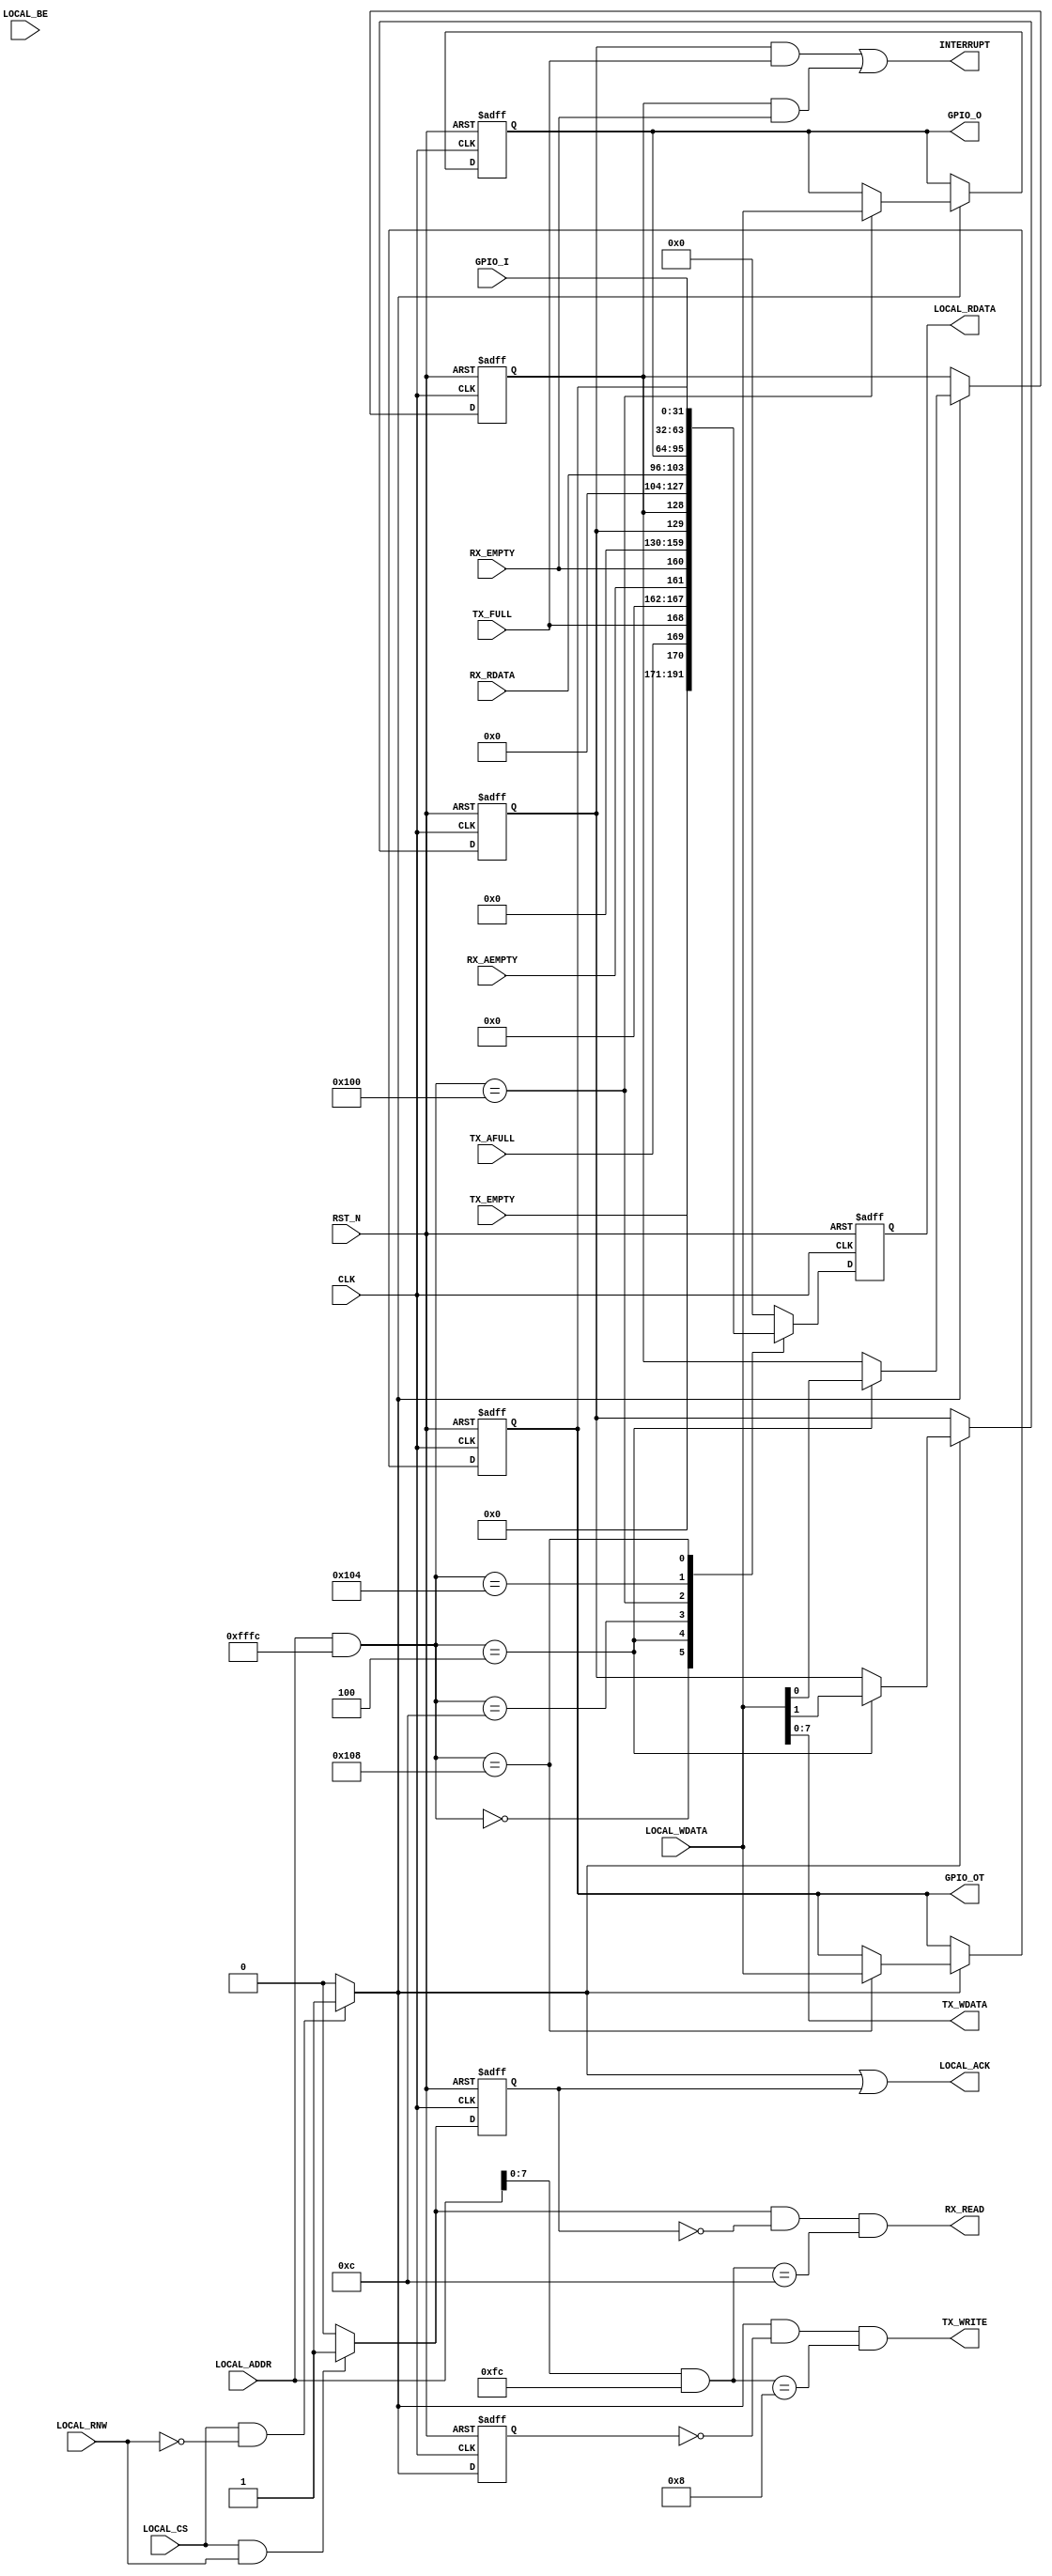
module fmrv32im_axis_uart_ctl
  (
   input 		 RST_N,
   input 		 CLK,
   input 		     LOCAL_CS,
   input 		     LOCAL_RNW,
   output 		   LOCAL_ACK,
   input [15:0]  LOCAL_ADDR,
   input [3:0] 	 LOCAL_BE,
   input [31:0]  LOCAL_WDATA,
   output [31:0] LOCAL_RDATA,
   output        TX_WRITE,
   output [7:0]  TX_WDATA,
   input         TX_FULL,
   input         TX_AFULL,
   input         TX_EMPTY,
   output        RX_READ,
   input [7:0]   RX_RDATA,
   input         RX_EMPTY,
   input         RX_AEMPTY,
	 output        INTERRUPT,
   input [31:0]  GPIO_I,
   output [31:0] GPIO_O,
   output [31:0] GPIO_OT
   );
   localparam A_STATUS = 16'h00;
   localparam A_INTENA = 16'h04;
   localparam A_TXD    = 16'h08;
   localparam A_RXD    = 16'h0C;
   localparam A_RATE   = 16'h10;
   localparam A_GPIO_O  = 16'h100;
   localparam A_GPIO_I  = 16'h104;
   localparam A_GPIO_OT = 16'h108;
   wire wr_ena, rd_ena, wr_ack;
   reg rd_ack;
   reg [31:0] reg_rdata;
   reg wr_ack_d;
   assign wr_ena = (LOCAL_CS & ~LOCAL_RNW)?1'b1:1'b0;
   assign rd_ena = (LOCAL_CS &  LOCAL_RNW)?1'b1:1'b0;
   assign wr_ack = wr_ena;
   reg reg_int_ena_tx, reg_int_ena_rx;
   reg [31:0] reg_gpio_o, reg_gpio_ot;
   always @(posedge CLK or negedge RST_N) begin
	  if(!RST_N) begin
	  wr_ack_d <= 1'b0;
			reg_int_ena_rx <= 1'b0;
			reg_int_ena_tx <= 1'b0;
      reg_gpio_o <= 32'd0;
      reg_gpio_ot <= 32'd0;
	  end else begin
	    wr_ack_d <= wr_ena;
		 if(wr_ena) begin
			case(LOCAL_ADDR[15:0] & 16'hFFFC)
			  A_INTENA:
				begin
				   reg_int_ena_tx <= LOCAL_WDATA[1];
				   reg_int_ena_rx <= LOCAL_WDATA[0];
				end
        A_GPIO_O:
        begin
          reg_gpio_o <= LOCAL_WDATA;
        end
        A_GPIO_OT:
        begin
          reg_gpio_ot <= LOCAL_WDATA;
        end
			  default:
				begin
				end
			endcase
		 end
	  end
   end
   reg rd_ack_d;
   always @(posedge CLK or negedge RST_N) begin
	  if(!RST_N) begin
		 rd_ack <= 1'b0;
		 rd_ack_d <= 1'b0;
		 reg_rdata[31:0] <= 32'd0;
	  end else begin
			rd_ack <= rd_ena;
			case(LOCAL_ADDR[15:0] & 16'hFFFC)
			  A_STATUS: reg_rdata[31:0] <= {16'd0, 5'd0, TX_EMPTY, TX_AFULL, TX_FULL, 6'd0, RX_AEMPTY, RX_EMPTY};
			  A_INTENA: reg_rdata[31:0] <= {30'd0, reg_int_ena_tx, reg_int_ena_rx};
			  A_TXD:    reg_rdata[31:0] <= 32'd0;
			  A_RXD:    reg_rdata[31:0] <= {24'd0, RX_RDATA};
        A_GPIO_O:  reg_rdata[31:0] <= reg_gpio_o;
        A_GPIO_I:  reg_rdata[31:0] <= GPIO_I;
        A_GPIO_OT: reg_rdata[31:0] <= reg_gpio_ot;
			  default:  reg_rdata[31:0]  <= 32'd0;
			endcase
	  end
   end
   assign LOCAL_ACK         = (wr_ack | rd_ack);
   assign LOCAL_RDATA[31:0] = reg_rdata[31:0];
	 assign TX_WRITE = wr_ena & ~wr_ack_d & ((LOCAL_ADDR[7:0] & 8'hFC) == A_TXD);
	 assign TX_WDATA = LOCAL_WDATA[7:0];
	 assign RX_READ  = rd_ena & ~rd_ack & ((LOCAL_ADDR[7:0] & 8'hFC) == A_RXD);
	 assign INTERRUPT = (reg_int_ena_tx & TX_FULL) | (reg_int_ena_rx & RX_EMPTY);
   assign GPIO_O  = reg_gpio_o;
   assign GPIO_OT = reg_gpio_ot;
endmodule